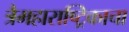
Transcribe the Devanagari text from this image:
त्रैमहाराष्ट्रिकाचा